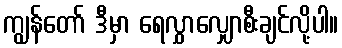
ကျွန်တော် ဒီမှာ ရေလွှာလျှောစီးချင်လို့ပါ။